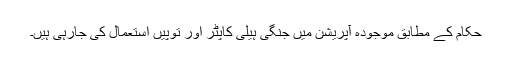
حکام کے مطابق موجودہ آپریشن میں جنگی ہیلی کاپٹر اور توپیں استعمال کی جارہی ہیں۔